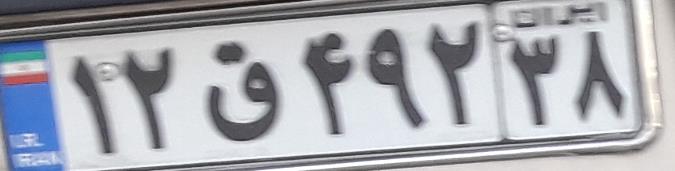
۱۲ق۴۹۲۳۸